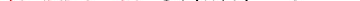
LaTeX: \smash{\ensuremath{C_{\! \! \: \perp}}(k,t)\sim e^{-t/\tau_{\perp}}}